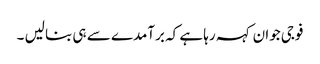
فوجی جوان کہہ رہا ہے کہ برآمدے سے ہی بنا لیں ۔